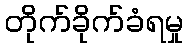
တိုက်ခိုက်ခံရမှု